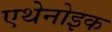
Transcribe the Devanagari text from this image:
एथेनोइक